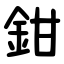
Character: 鉗